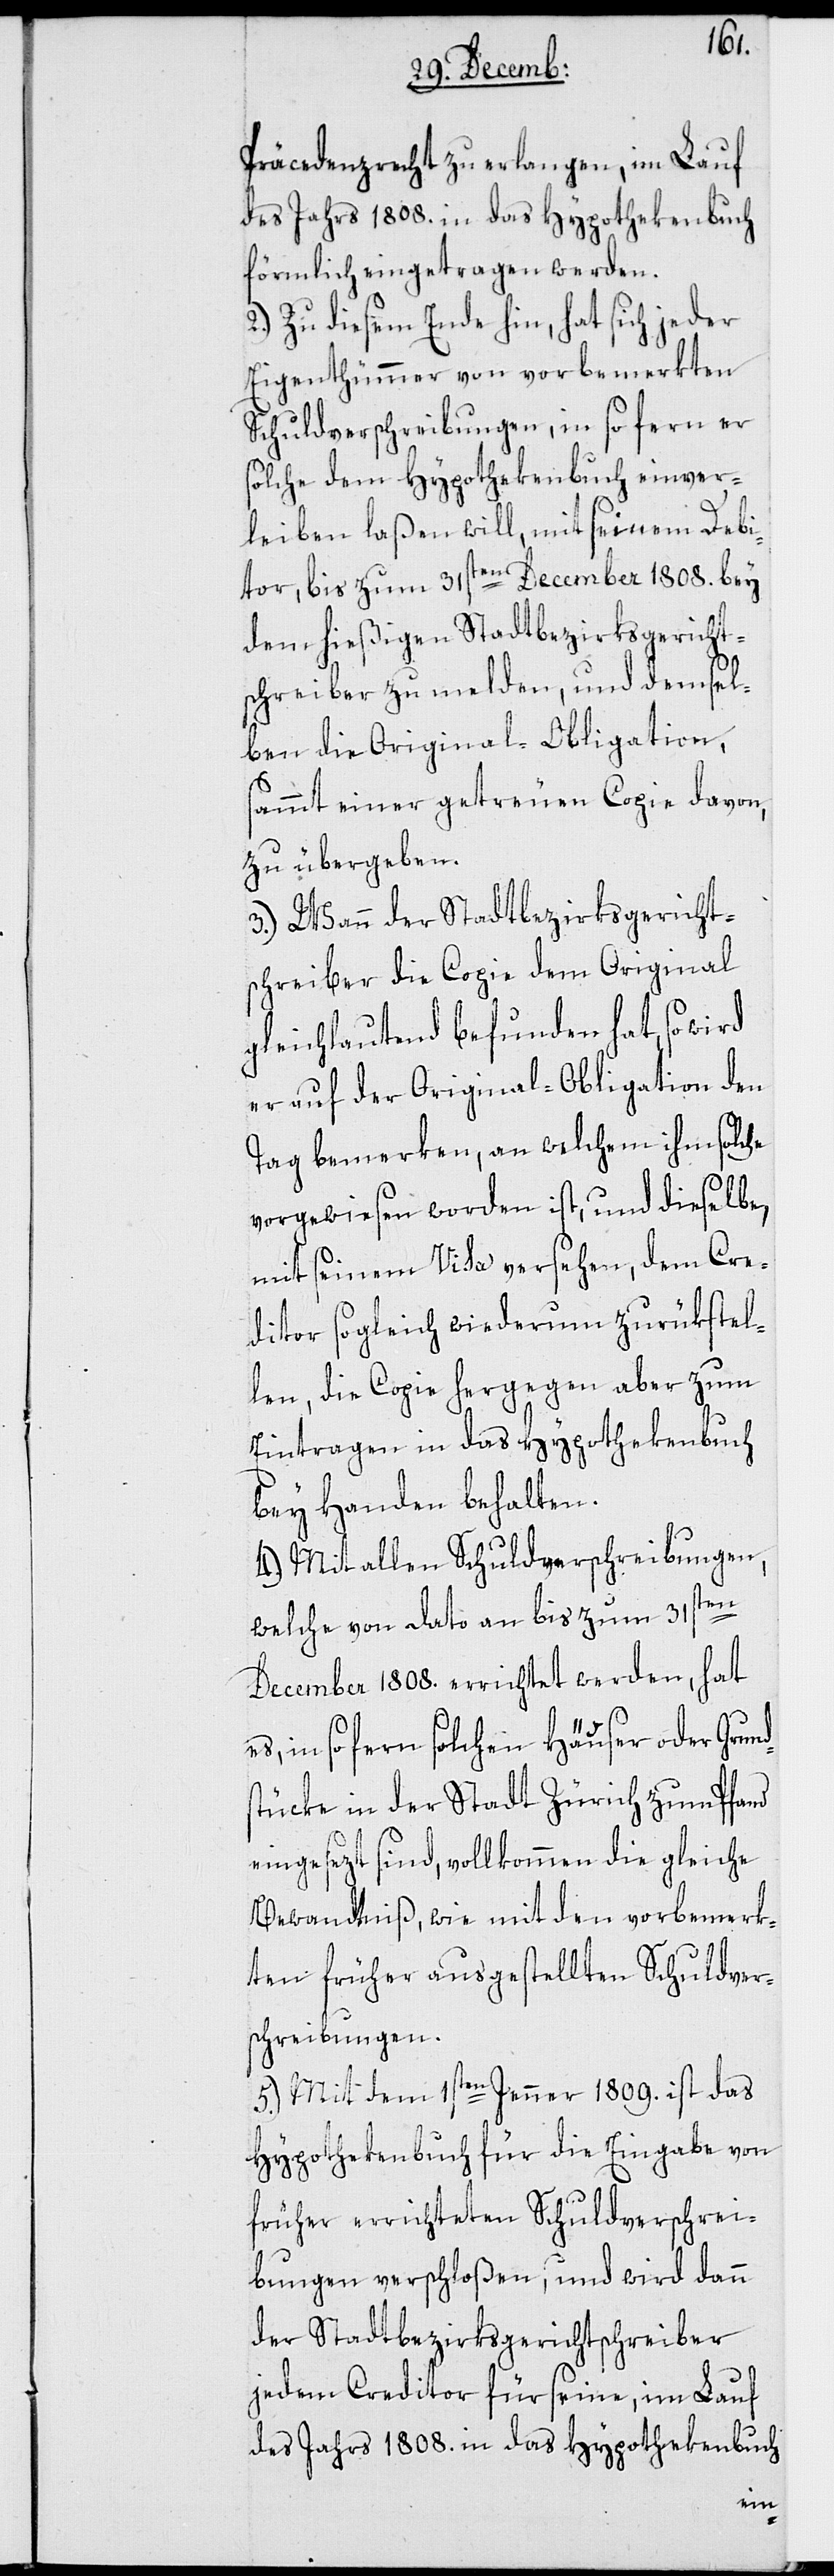
Präcedenzrecht zu erlangen, im Lauf
des Jahrs 1808. in das Hypothekenbuch
förmlich eingetragen werden.
2.) Zu diesem Ende hin, hat sich jeder
Eigenthümmer von vorbemerkten
Schuldverschreibungen, in so ferne er
solche dem Hypothekenbuch einver¬
leiben laßen will, mit seinem Debi¬
tor, bis zum 31sten December 1808. bey
dem hießigen Stadtbezirksgericht¬
schreiber zu melden, und demsel¬
ben die Original-Obligation,
sammt einer getreuen Copie davon,
zu übergeben.
3.) Wann der Stadtbezirksgericht¬
schreiber die Copie dem Original
gleichlautend befunden hat, so wird
er auf der Original-Obligation den
Tag bemerken, an welchem ihm solche
vorgewiesen worden ist, und dieselbe,
mit seinem Visa versehen, dem Cre¬
ditor sogleich wiederum zurükstel¬
len, die Copie hergegen aber zum
Eintragen in das Hypothekenbuch
bey Handen behalten.
4.) Mit allen Schuldverschreibungen,
welche von dato an bis zum 31sten
December 1808. errichtet werden, hat
es, in so fern solchen Häuser oder Grund¬
stücke in der Stadt Zürich zum Pfand
eingesezt sind, vollkommen die gleiche
Bewandtniß, wie mit den vorbemerk¬
ten früher ausgestellten Schuldver¬
schreibungen.
5.) Mit dem 1sten Jenner 1809. ist das
Hypothekenbuch für die Eingabe von
früher errichteten Schuldverschrei¬
bungen verschloßen, und wird dann
der Stadtbezirksgerichtschreiber
jedem Creditor für seine, im Lauf
des Jahrs 1808. in das Hypothekenbuch